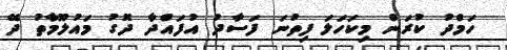
ހަމްދު ކުރަން މިކަހަލަ ފިތުނަ ފަސާދު އުފައްދާ ދޮގު މައުލޫމާތު ދޭ